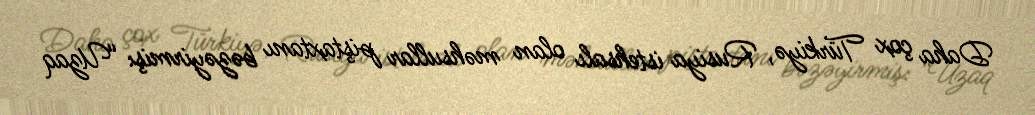
Daha çox Türkiyə, Rusiya istehsalı olan məhsullar piştaxtanı bəzəyirmiş: “Uzaq